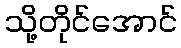
သို့တိုင်အောင်